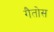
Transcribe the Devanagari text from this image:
गैतोस